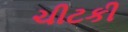
ચીટકી